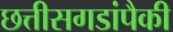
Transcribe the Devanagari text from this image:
छत्तीसगडांपैकी